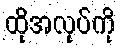
ထိုအလုပ်ကို